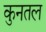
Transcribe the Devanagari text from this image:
कुनतल